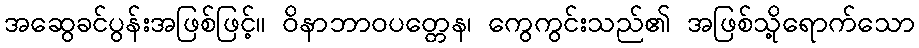
အဆွေခင်ပွန်းအဖြစ်ဖြင့်။ ဝိနာဘာဝပတ္တေန၊ ကွေကွင်းသည်၏ အဖြစ်သို့ရောက်သော